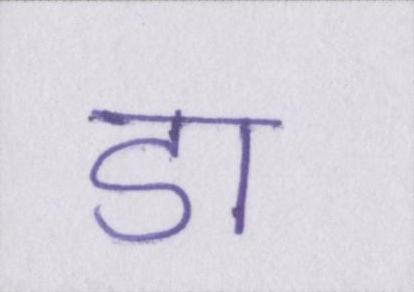
डा